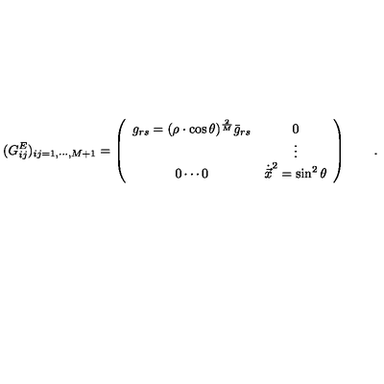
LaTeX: ( G _ { i j } ^ { E } ) _ { i j = 1 , \cdots , M + 1 } = \left( \begin{array} { c c } { \displaystyle g _ { r s } = ( \rho \cdot \cos \theta ) ^ { \frac { 2 } { M } } { \bar { g } } _ { r s } } & { \displaystyle 0 } \\ { } & { \vdots } \\ { 0 \cdots 0 } & { { \dot { \vec { x } } } ^ { 2 } = \sin ^ { 2 } \theta } \\ \end{array} \right) \qquad .